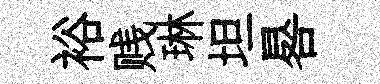
裕贱琳坦晷